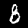
Digit: 8